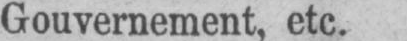
Gouvernement, etc.